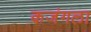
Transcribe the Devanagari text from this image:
कजंगला